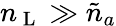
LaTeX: n_{\mathrm{~L~}}\gg\tilde{n}_{a}